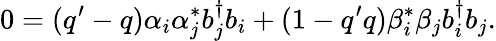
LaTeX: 0=(q^{\prime}-q)\alpha_{i}\alpha_{j}^{*}b_{j}^{\dagger}b_{i}+(1-q^{\prime}q)\beta_{i}^{*}\beta_{j}b_{i}^{\dagger}b_{j}.